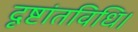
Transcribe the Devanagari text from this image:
दृष्टांतविधि।